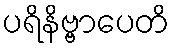
ပရိနိဗ္ဗာပေတိ